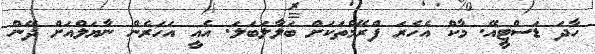
ހާދަ ޑަސްޓީއޭ. މާކް އެހެރަ ފްރޭމްތަކަށް ބަލާލަބަލަ. އެއީ އަހަރެން ނާޔަލްއަށް ދޭން